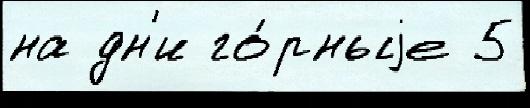
на дн'и го́рныjе 5